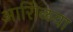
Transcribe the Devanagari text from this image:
आरोिळया